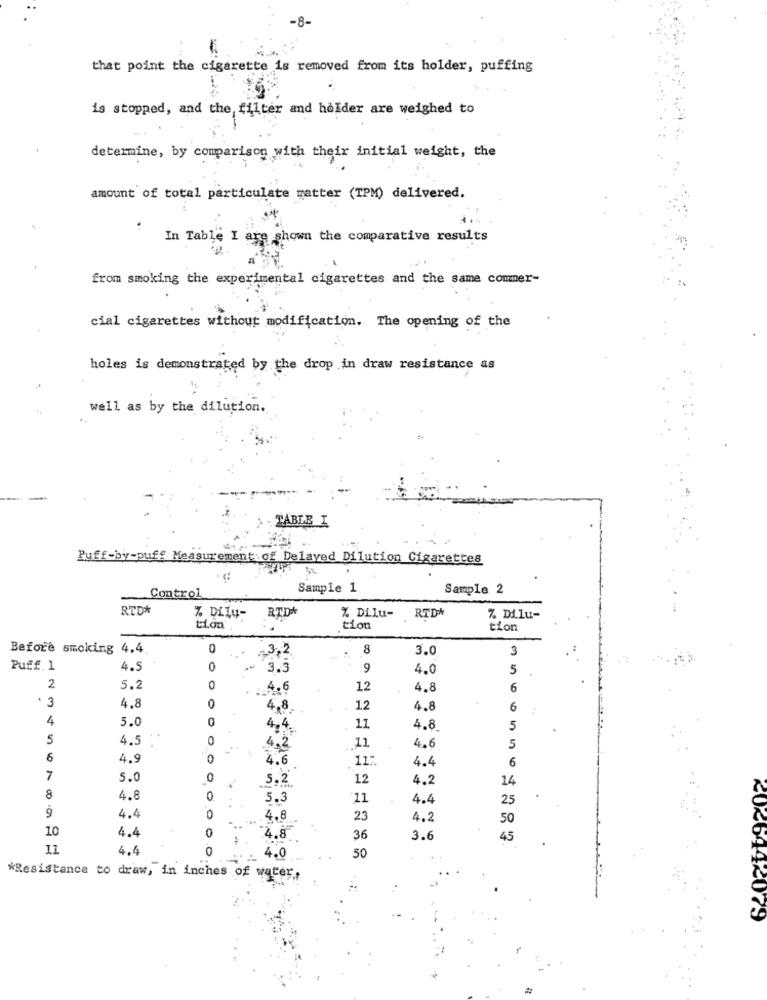
-8-
that point the cigarette is removed from its holder, puffing
is stopped, and the, filter and holder are weighed to
determine, by comparison with their initial weight, the
amount of total particulate matter (TPM) delivered.
In Table I are shown the comparative results
from smoking the experimental cigarettes and the same commer-
cial cigarettes without modification. The opening of the
holes is demonstrated by the drop in draw resistance as
well as by the dilution.
TABLE I
Puff-by-puff Measurement of Delayed Dilution Cigarettes
Sample 1
Sample 2
Control
RTD*
RTDA
RTD*
% Dily-
% Dilu-
% Di. lu-
tion
tion
tion
Before smoking 4.4
0
3,2
8
3.0
3
Puff.1
4.5
3.3
9
4.0
5
2
5.2
0
.4.6
12
4.8
6
3
4.8
0
4.8.
12
4.8
6
4
5.0
0
4.4.
11
4.8.
5
5
4.5
4.2
11
4.6
5
6
4.9
0
4.6
11:
4.4
6
7
5.0
0
5.2
12
4.2
14
8
4.8
0
5.3
11
4.4
25
9
4.4
0
4.8
23
4.2
50
10
4.4
4.8
36
3.6
45
4.4
0
50
4.0
*Resistance to draw, in inches of water,
⑆026942079